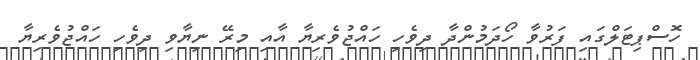
ހޮސްޕިޓަލްގައި ފަރުވާ ހޯދަމުންދާ ދިވެހި ހައްޖުވެރިޔާ އާއި މިރޭ ނިޔާވި ދިވެހި ހައްޖުވެރިޔާ